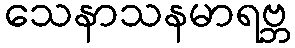
သေနာသနမာရဗ္ဘ